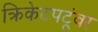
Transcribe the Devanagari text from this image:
क्रिकेटपटूंवर